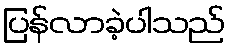
ပြန်လာခဲ့ပါသည်